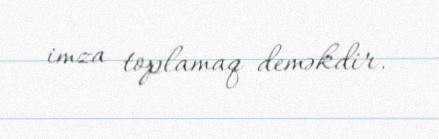
imza toplamaq deməkdir.